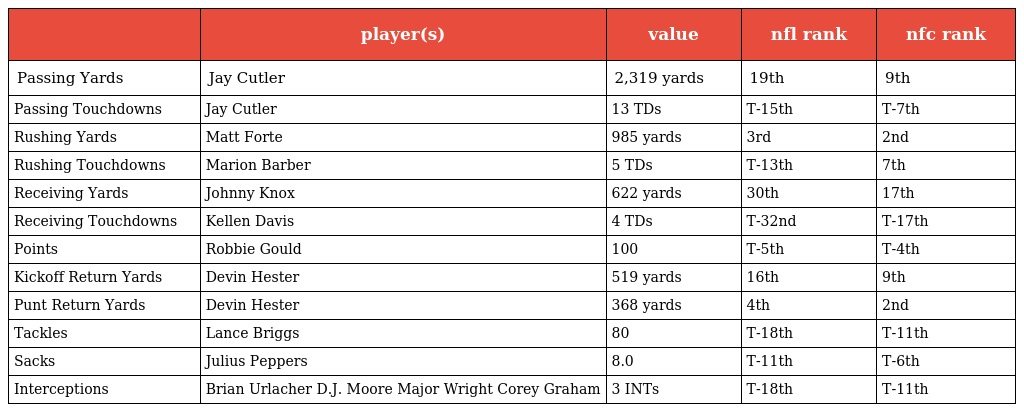
|  | player(s) | value | nfl rank | nfc rank |
 | --- | --- | --- | --- | --- |
 | Passing Yards | Jay Cutler | 2,319 yards | 19th | 9th |
 | Passing Touchdowns | Jay Cutler | 13 TDs | T-15th | T-7th |
 | Rushing Yards | Matt Forte | 985 yards | 3rd | 2nd |
 | Rushing Touchdowns | Marion Barber | 5 TDs | T-13th | 7th |
 | Receiving Yards | Johnny Knox | 622 yards | 30th | 17th |
 | Receiving Touchdowns | Kellen Davis | 4 TDs | T-32nd | T-17th |
 | Points | Robbie Gould | 100 | T-5th | T-4th |
 | Kickoff Return Yards | Devin Hester | 519 yards | 16th | 9th |
 | Punt Return Yards | Devin Hester | 368 yards | 4th | 2nd |
 | Tackles | Lance Briggs | 80 | T-18th | T-11th |
 | Sacks | Julius Peppers | 8.0 | T-11th | T-6th |
 | Interceptions | Brian Urlacher D.J. Moore Major Wright Corey Graham | 3 INTs | T-18th | T-11th |